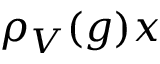
\rho _ { V } ( g ) x